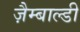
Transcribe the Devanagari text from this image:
ज़ैम्बाल्डी